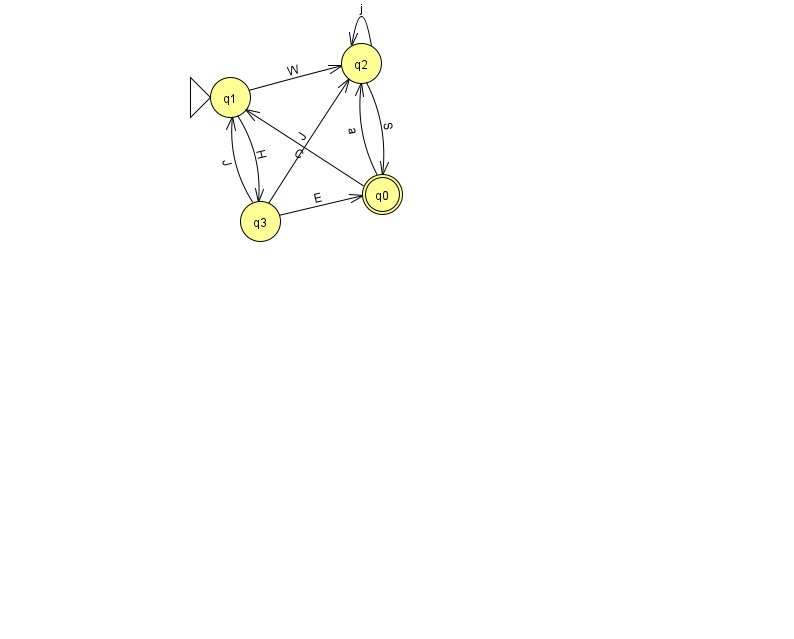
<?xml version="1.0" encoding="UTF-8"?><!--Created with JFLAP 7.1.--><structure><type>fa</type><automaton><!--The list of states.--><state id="0" name="q0"><x>382.0</x><y>181.0</y><final/></state><state id="1" name="q1"><x>230.0</x><y>84.0</y><initial/></state><state id="2" name="q2"><x>361.0</x><y>50.0</y></state><state id="3" name="q3"><x>260.0</x><y>208.0</y></state><!--The list of transitions.--><transition><from>0</from><to>1</to><read>C</read></transition><transition><from>1</from><to>3</to><read>H</read></transition><transition><from>3</from><to>1</to><read>J</read></transition><transition><from>2</from><to>2</to><read>j</read></transition><transition><from>3</from><to>0</to><read>E</read></transition><transition><from>3</from><to>2</to><read>J</read></transition><transition><from>1</from><to>2</to><read>W</read></transition><transition><from>2</from><to>0</to><read>S</read></transition><transition><from>0</from><to>2</to><read>a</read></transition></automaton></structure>